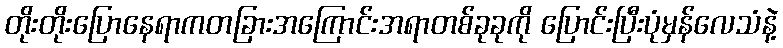
တိုးတိုးပြောနေရာကတခြားအကြောင်းအရာတစ်ခုခုကို ပြောင်းပြီးပုံမှန်လေသံနဲ့